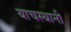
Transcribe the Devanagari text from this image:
याचस्थानी